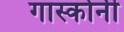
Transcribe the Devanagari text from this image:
गास्कोनी